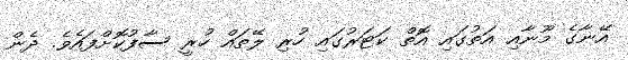
އޭނާގެ މޫނާއި އަތުގައި އޮތް ކަޓަރުގައި ހުރި ލޭތައް ހުރީ ސާފުކޮށްފައެވެ. ދެން